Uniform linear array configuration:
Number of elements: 24
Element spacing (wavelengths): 1
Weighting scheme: uniform
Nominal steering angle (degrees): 0
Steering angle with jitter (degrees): -1.053
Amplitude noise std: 0.05
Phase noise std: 0.05

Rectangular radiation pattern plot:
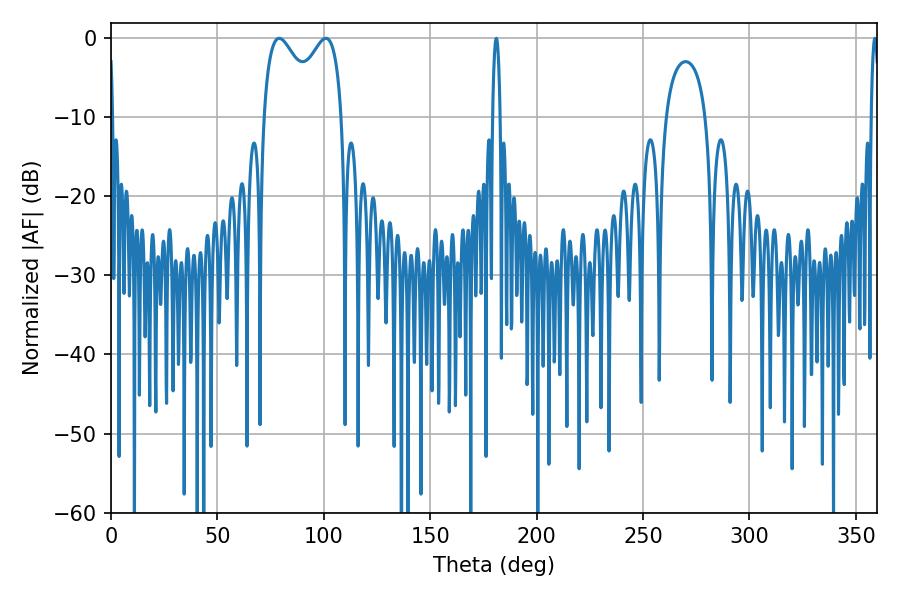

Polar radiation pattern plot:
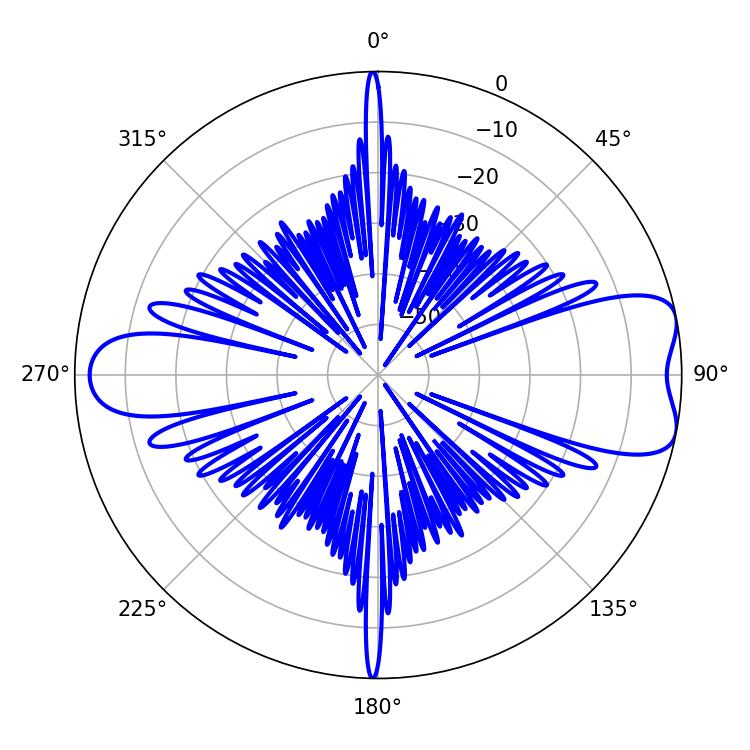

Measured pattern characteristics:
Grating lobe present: TRUE
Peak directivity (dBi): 8.11
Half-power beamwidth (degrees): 30.96
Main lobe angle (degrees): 79.02